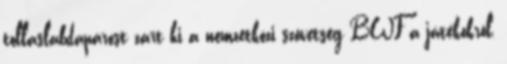
tollaslabdapárost zárt ki a nemzetközi szövetség BWF a játékokról,